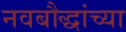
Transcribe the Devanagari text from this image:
नवबौद्धांच्या